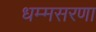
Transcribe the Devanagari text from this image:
धम्मसरणा